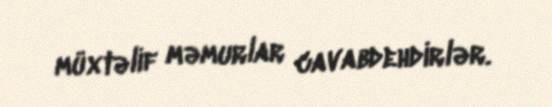
müxtəlif məmurlar cavabdehdirlər.